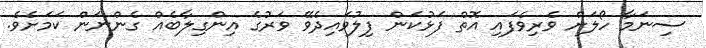
ސިނަމާ ހޯލަށް ވެރިވެފައި އޮތް ފަޅުކަން ފިލުވައިދެވޭ ވަރުގެ އިންގިލާބެއް ގެންނަން ކަމަށެވެ.